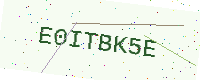
Text: E0ITBK5E